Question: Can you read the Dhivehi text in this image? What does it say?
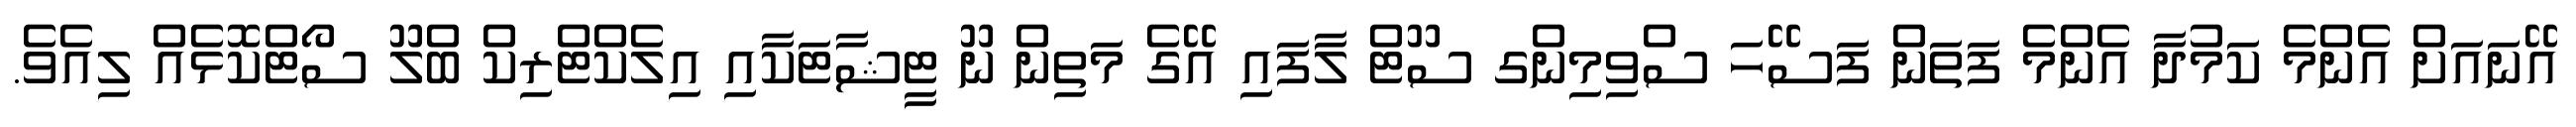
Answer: އޭނައަށް އެންމެ ކަމުދާ އެންމެ ފަތަން ފަސޭހަ ސްވިމިންގ ސޫޓް ލާފައި އޭގެ މަތިން ނޫ ޓީޝާޓަކާއި އިލެކްޓްރިކް ބްލޫ ސޯޓްކޮޅެއް ލިއެވެ.